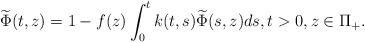
LaTeX: \begin{align*}\widetilde{\Phi}(t,z)=1-f(z)\int_0^tk(t,s)\widetilde{\Phi}(s,z)ds,t>0,z\in\Pi_+.\end{align*}